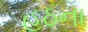
હઠના